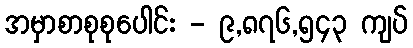
အမှာစာစုစုပေါင်း - ၉,၈၇၆,၅၄၃ ကျပ်